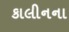
કાલીનના